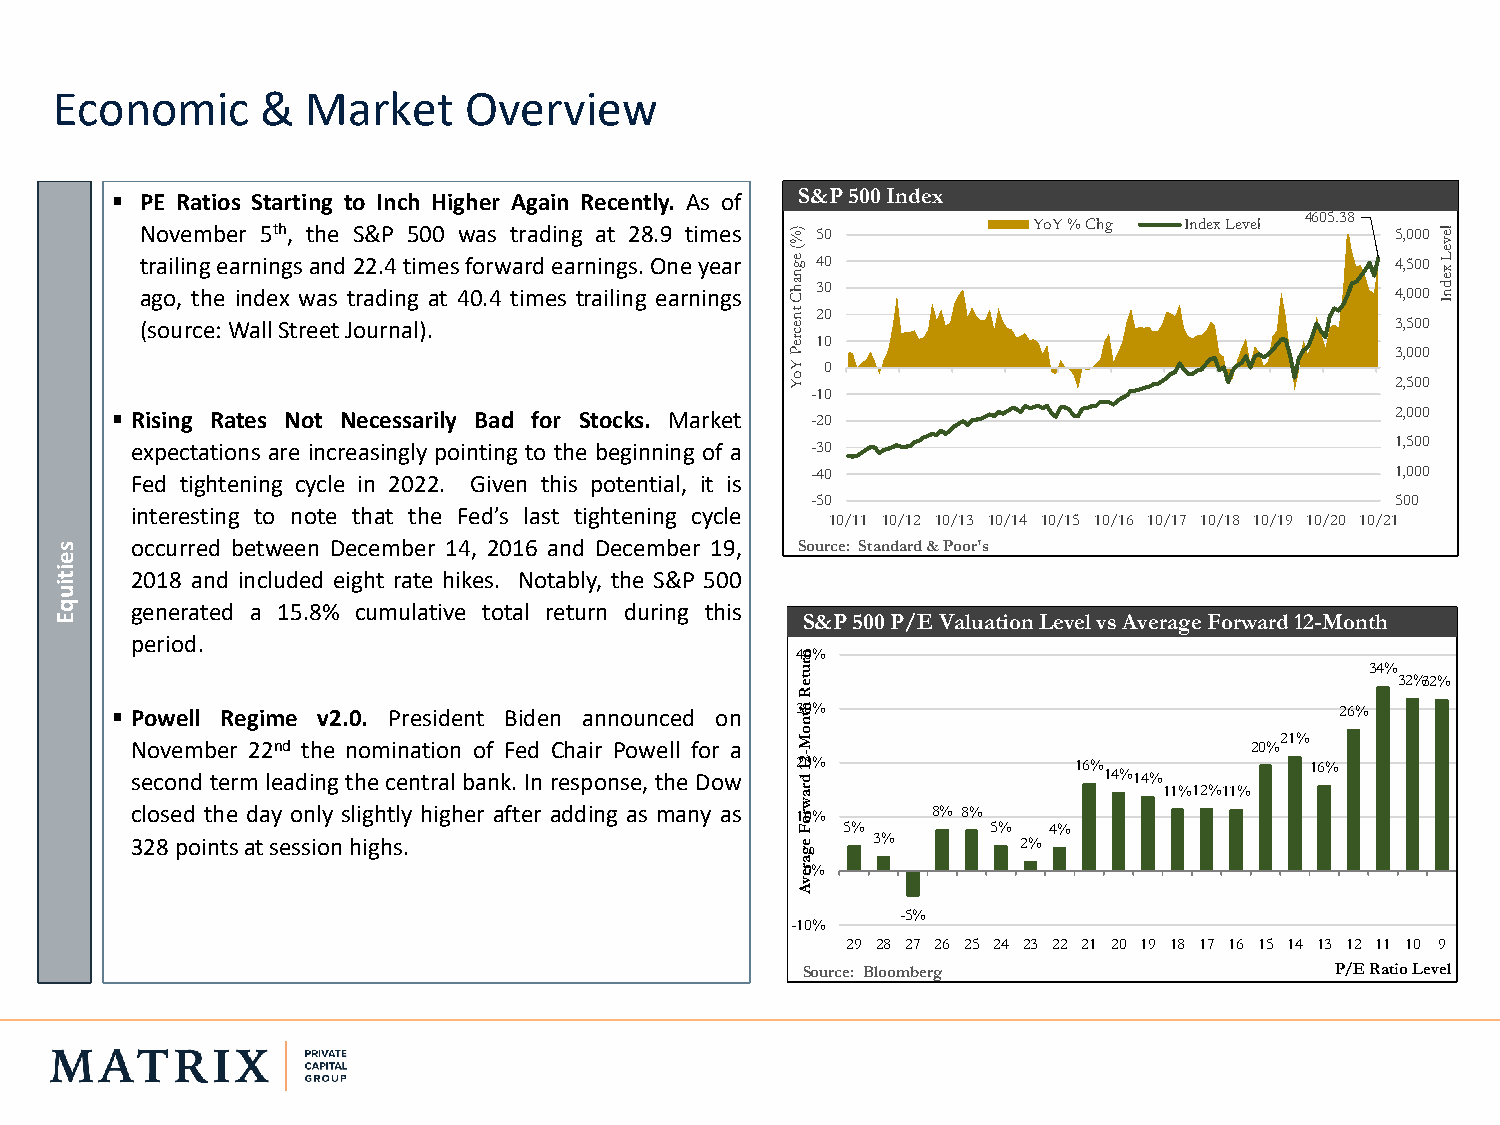
Economic      &  Market     Overview
 ▪ PE Ratios Starting to Inch Higher Again Recently. As of S&P500Index
 4605.38
 November 5th, the S&P 500 was trading at 28.9 times )% 50  YoY % Chg Index Level   5,000 le
 v
 t a (sr ga ooi ul ,i rn t cg h ee :e Wa inrn ad li e ln Sxg ts rw ea a en s td Jt2 ora2 ud. r4 nin at gi lm ).ae ts 4f 0o .r 4w ta ir md ee sar trn ain ilig ns g.O en ae rny ine ga sr
 (
 e g n a h C
 tn
 e
 234 000                               344, ,,5 500 000 00
 e
 L x e d n I
 c
 re 10
 P                                       3,000
 Y  0
 o Y                                     2,500
 -10
 ▪ Rising Rates Not Necessarily Bad for Stocks. Market -20                            2,000
 expectations are increasingly pointing to the beginning of a -30                   1,500
 -40                                   1,000
 Fed tightening cycle in 2022. Given this potential, it is
 -50                                   500
 interesting to note that the Fed’s last tightening cycle
 10/11 10/12 10/13 10/14 10/15 10/16 10/17 10/18 10/19 10/20 10/21
 s    occurred between December 14, 2016 and December 19, Source: Standard& Poor's
 e
 it   2018 and included eight rate hikes. Notably, the S&P 500
 iu
 q    generated a 15.8% cumulative total return during this
 E                                                S&P 500 P/E ValuationLevel vs Average Forward 12-Month
 period.
 4n0%
 ru                                    34%
 te                                      32%32%
 R
 ▪ Powell Regime v2.0. President Biden announced on 3 h tn0%                       26%
 November 22nd the nomination of Fed Chair Powell for a o M                20%21%
 second term leadingthecentral bank. Inresponse, the Dow 22 1 d-0% 16% 14%14%  16%
 ra                      11%12%11%
 w
 closed the day only slightly higher after adding as many as 1ro F0%
 5%
 8% 8%
 5% 4%
 328pointsatsessionhighs.                    e    3%        2%
 g
 a
 re0%
 v
 A
 -5%
 -10%
 29 28 27 26 25 24 23 22 21 20 19 18 17 16 15 14 13 12 11 10 9
 Source: Bloomberg                  P/E Ratio Level